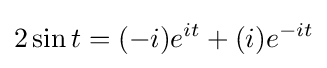
2\sin t=(-i)e^{it}+(i)e^{-it}